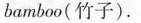
of bamboo(竹子).